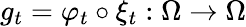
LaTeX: g_{t}=\varphi_{t}\circ\xi_{t}:\Omega\to\Omega